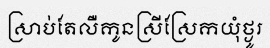
ស្រាប់តែលឺកូនស្រីស្រែកយុំថ្ងូរ